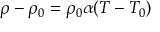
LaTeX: \rho - \rho _ { 0 } = \rho _ { 0 } \alpha ( T - T _ { 0 } )